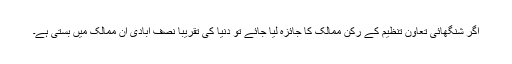
اگر شنگھائی تعاون تنظیم کے رکن ممالک کا جائزہ لیا جائے تو دنیا کی تقریباً نصف آبادی ان ممالک میں بستی ہے۔